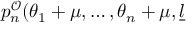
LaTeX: p _ { n } ^ { \mathcal { O } } ( \theta _ { 1 } + \mu , \dots , \theta _ { n } + \mu , \underline { { { l } } }